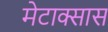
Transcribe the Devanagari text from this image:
मेटाक्सास